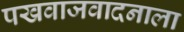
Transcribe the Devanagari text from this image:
पखवाजवादनाला